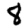
Digit: 8